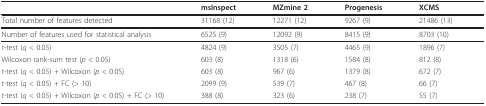
<table><thead><tr><td></td><td><b>msInspect</b></td><td><b>MZmine 2</b></td><td><b>Progenesis</b></td><td><b>XCMS</b></td></tr></thead><tbody><tr><td>Total number of features detected</td><td>31168 (12)</td><td>12271 (12)</td><td>9267 (9)</td><td>21486 (13)</td></tr><tr><td>Number of features used for statistical analysis</td><td>6525 (9)</td><td>12092 (9)</td><td>8415 (9)</td><td>8703 (10)</td></tr><tr><td><i>t</i>-test (<i>q </i>&lt; 0.05)</td><td>4824 (9)</td><td>3505 (7)</td><td>4465 (9)</td><td>1896 (7)</td></tr><tr><td>Wilcoxon rank-sum test (<i>p </i>&lt; 0.05)</td><td>603 (8)</td><td>1318 (6)</td><td>1584 (8)</td><td>812 (8)</td></tr><tr><td><i>t</i>-test (<i>q </i>&lt; 0.05) + Wilcoxon (<i>p </i>&lt; 0.05)</td><td>603 (8)</td><td>967 (6)</td><td>1379 (8)</td><td>672 (7)</td></tr><tr><td><i>t</i>-test (<i>q </i>&lt; 0.05) + FC (&gt; 10)</td><td>2099 (9)</td><td>539 (7)</td><td>467 (8)</td><td>66 (7)</td></tr><tr><td><i>t</i>-test (<i>q </i>&lt; 0.05) + Wilcoxon (<i>p </i>&lt; 0.05) + FC (&gt; 10)</td><td>388 (8)</td><td>323 (6)</td><td>238 (7)</td><td>55 (7)</td></tr></tbody></table>